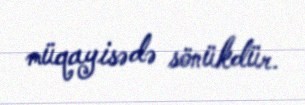
müqayisədə sönükdür.